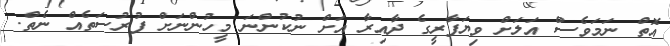
އޮތް ނަމަވެސް އަލަށް ވިޔަފާރީގެ ދާއިރާ އަށް ނުކުންނަ މީހުންނަށް ފުރުސަތެއް ނެތް.